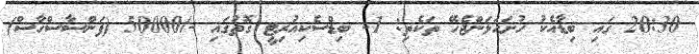
20:30 ގައި ބިޑާއެކު ހުށަހަޅަންޖެހޭ ތަކެތި: 1- ބިޑްސެކިއުރިޓީ ގޮތުގައި -/50000 (ފަންސާސްހާސް)